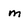
Character: m